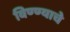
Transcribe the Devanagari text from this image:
विण्ण्याचे